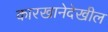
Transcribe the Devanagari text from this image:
कारखानेदेखील